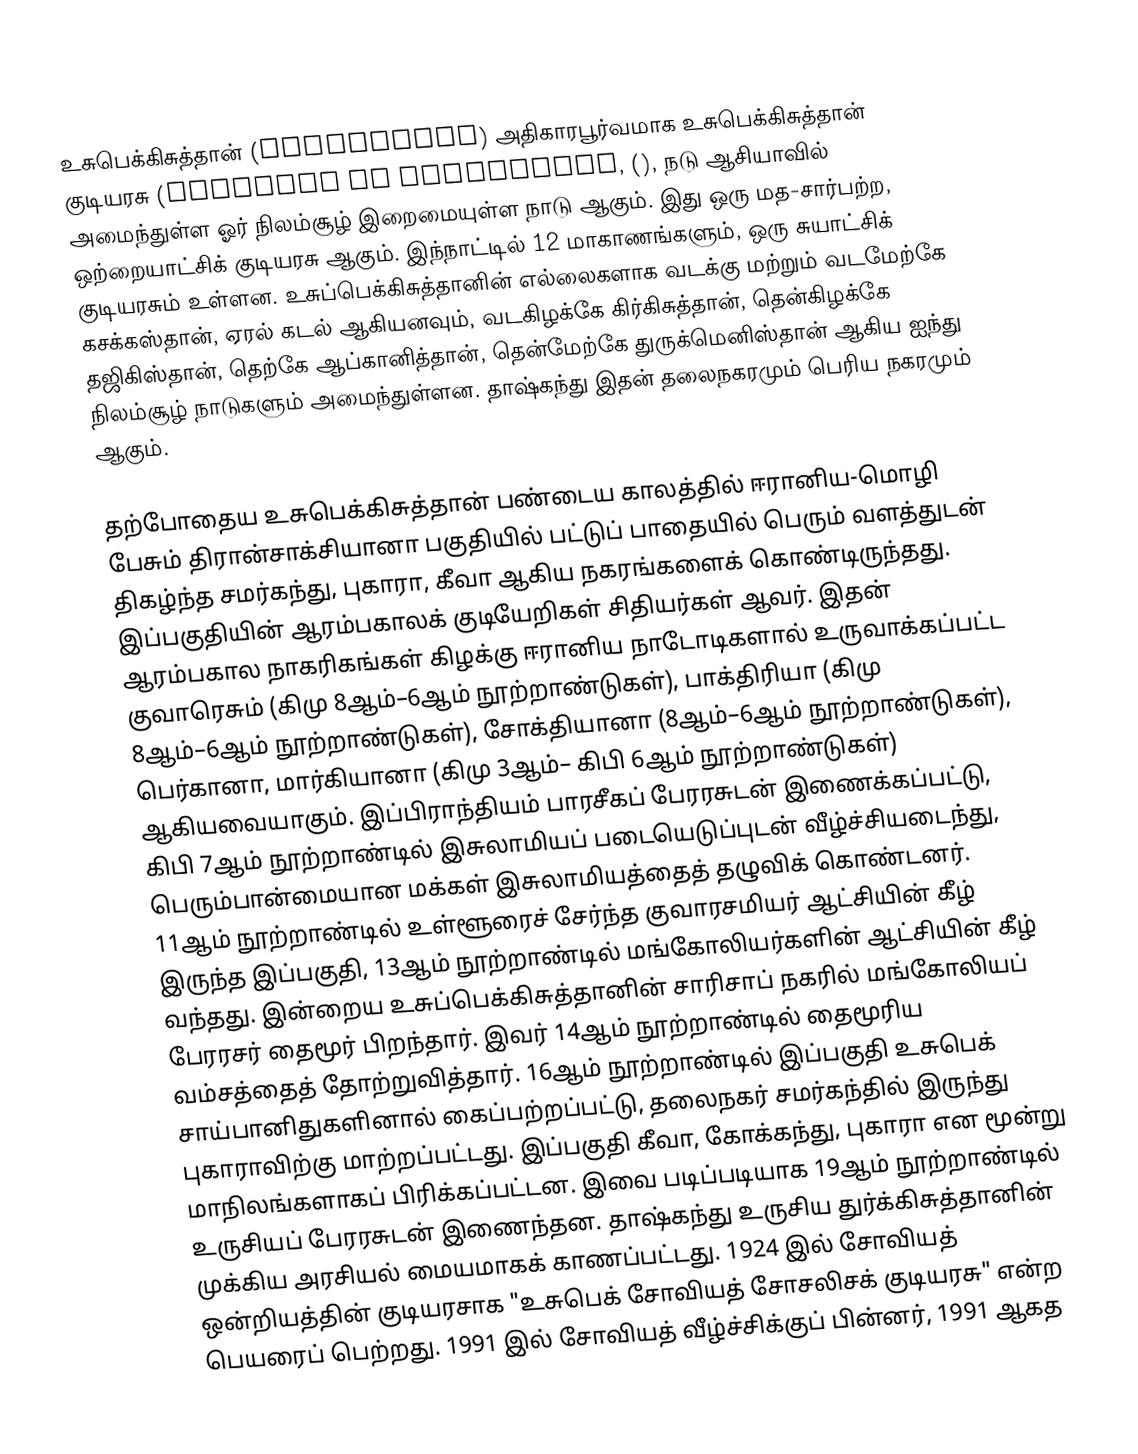
உசுபெக்கிசுத்தான் (Uzbekistan) அதிகாரபூர்வமாக உசுபெக்கிசுத்தான் குடியரசு (Republic of Uzbekistan, (), நடு ஆசியாவில் அமைந்துள்ள ஓர் நிலம்சூழ் இறைமையுள்ள நாடு ஆகும். இது ஒரு மத-சார்பற்ற, ஒற்றையாட்சிக் குடியரசு ஆகும். இந்நாட்டில் 12 மாகாணங்களும், ஒரு சுயாட்சிக் குடியரசும் உள்ளன. உசுப்பெக்கிசுத்தானின் எல்லைகளாக வடக்கு மற்றும் வடமேற்கே கசக்கஸ்தான், ஏரல் கடல் ஆகியனவும், வடகிழக்கே கிர்கிசுத்தான், தென்கிழக்கே தஜிகிஸ்தான், தெற்கே ஆப்கானித்தான், தென்மேற்கே துருக்மெனிஸ்தான் ஆகிய ஐந்து நிலம்சூழ் நாடுகளும் அமைந்துள்ளன. தாஷ்கந்து இதன் தலைநகரமும் பெரிய நகரமும் ஆகும்.

தற்போதைய உசுபெக்கிசுத்தான் பண்டைய காலத்தில் ஈரானிய-மொழி பேசும் திரான்சாக்சியானா பகுதியில் பட்டுப் பாதையில் பெரும் வளத்துடன் திகழ்ந்த சமர்கந்து, புகாரா, கீவா ஆகிய நகரங்களைக் கொண்டிருந்தது. இப்பகுதியின் ஆரம்பகாலக் குடியேறிகள் சிதியர்கள் ஆவர். இதன் ஆரம்பகால நாகரிகங்கள் கிழக்கு ஈரானிய நாடோடிகளால் உருவாக்கப்பட்ட குவாரெசும் (கிமு 8ஆம்–6ஆம் நூற்றாண்டுகள்), பாக்திரியா (கிமு 8ஆம்–6ஆம் நூற்றாண்டுகள்), சோக்தியானா (8ஆம்–6ஆம் நூற்றாண்டுகள்), பெர்கானா, மார்கியானா (கிமு 3ஆம்– கிபி 6ஆம் நூற்றாண்டுகள்) ஆகியவையாகும். இப்பிராந்தியம் பாரசீகப் பேரரசுடன் இணைக்கப்பட்டு, கிபி 7ஆம் நூற்றாண்டில் இசுலாமியப் படையெடுப்புடன் வீழ்ச்சியடைந்து, பெரும்பான்மையான மக்கள் இசுலாமியத்தைத் தழுவிக் கொண்டனர். 11ஆம் நூற்றாண்டில் உள்ளூரைச் சேர்ந்த குவாரசமியர் ஆட்சியின் கீழ் இருந்த இப்பகுதி, 13ஆம் நூற்றாண்டில் மங்கோலியர்களின் ஆட்சியின் கீழ் வந்தது. இன்றைய உசுப்பெக்கிசுத்தானின் சாரிசாப் நகரில் மங்கோலியப் பேரரசர் தைமூர் பிறந்தார். இவர் 14ஆம் நூற்றாண்டில் தைமூரிய வம்சத்தைத் தோற்றுவித்தார். 16ஆம் நூற்றாண்டில் இப்பகுதி உசுபெக் சாய்பானிதுகளினால் கைப்பற்றப்பட்டு, தலைநகர் சமர்கந்தில் இருந்து புகாராவிற்கு மாற்றப்பட்டது. இப்பகுதி கீவா, கோக்கந்து, புகாரா என மூன்று மாநிலங்களாகப் பிரிக்கப்பட்டன. இவை படிப்படியாக 19ஆம் நூற்றாண்டில் உருசியப் பேரரசுடன் இணைந்தன. தாஷ்கந்து உருசிய துர்க்கிசுத்தானின் முக்கிய அரசியல் மையமாகக் காணப்பட்டது. 1924 இல் சோவியத் ஒன்றியத்தின் குடியரசாக "உசுபெக் சோவியத் சோசலிசக் குடியரசு" என்ற பெயரைப் பெற்றது. 1991 இல் சோவியத் வீழ்ச்சிக்குப் பின்னர், 1991 ஆகத